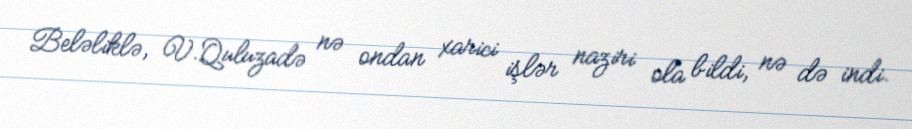
Beləliklə, V.Quluzadə nə ondan xarici işlər naziri ola bildi, nə də indi.